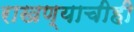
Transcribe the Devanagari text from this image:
राखण्याचीही